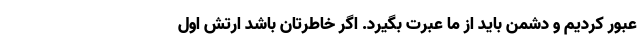
عبور کردیم و دشمن باید از ما عبرت ‌بگیرد. اگر خاطرتان باشد ارتش اوّل